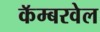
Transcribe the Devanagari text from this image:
कॅम्बरवेल